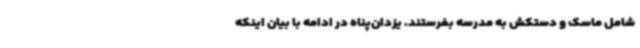
شامل ماسک و دستکش به مدرسه بفرستند. یزدان‌پناه در ادامه با بیان اینکه